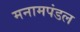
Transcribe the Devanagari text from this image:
मनामपंडल